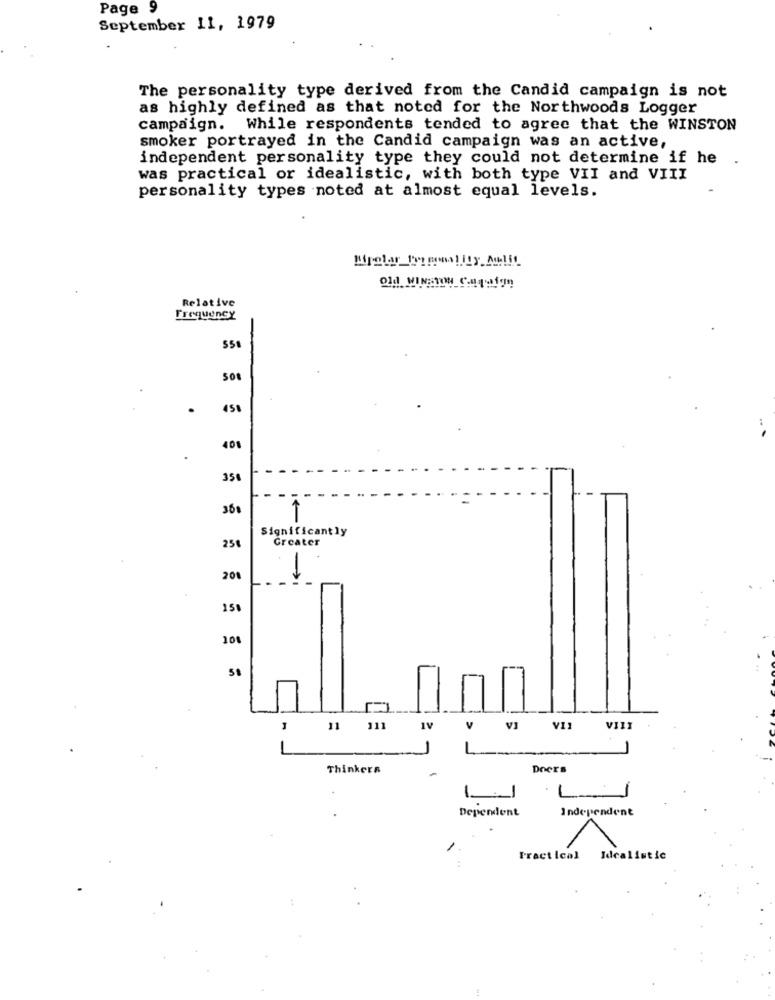
Page 9
September 11, 1979
The personality type derived from the Candid campaign is not
as highly defined as that noted for the Northwoods Logger
campaign. While respondents tended to agree that the WINSTON
smoker portrayed in the Candid campaign was an active,
independent personality type they could not determine if he
was practical or idealistic, with both type VII and VIII
personality types noted at almost equal levels.
Relative
Frequency
SS
SO
.
458
401
35€
350
1
Significantly
Greater
25€
1
201
151
108
-
11
111
1V
V
VI
VII
VIII
-
Thinkers
Doers
1
L-
Dependent
Independent
Pract Ical
Idealistic